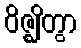
ဝိဇ္ဈိတွာ